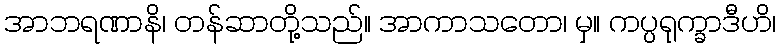
အာဘရဏာနိ၊ တန်ဆာတို့သည်။ အာကာသတော၊ မှ။ ကပ္ပရုက္ခာဒီဟိ၊